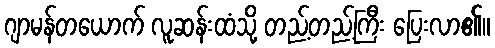
ဂျာမန်တယောက် လူဆန်းထံသို့ တည့်တည့်ကြီး ပြေးလာ၏။